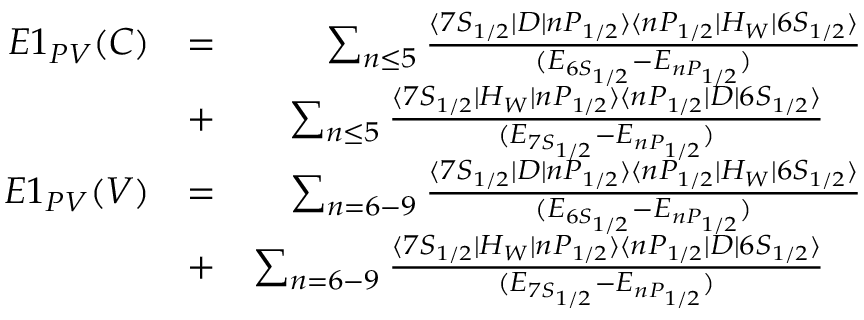
\begin{array} { r l r } { E 1 _ { P V } ( C ) } & { = } & { \sum _ { n \le 5 } \frac { \langle 7 S _ { 1 / 2 } | D | n P _ { 1 / 2 } \rangle \langle n P _ { 1 / 2 } | H _ { W } | 6 S _ { 1 / 2 } \rangle } { ( E _ { 6 S _ { 1 / 2 } } - E _ { n P _ { 1 / 2 } } ) } } \\ & { + } & { \sum _ { n \le 5 } \frac { \langle 7 S _ { 1 / 2 } | H _ { W } | n P _ { 1 / 2 } \rangle \langle n P _ { 1 / 2 } | D | 6 S _ { 1 / 2 } \rangle } { ( E _ { 7 S _ { 1 / 2 } } - E _ { n P _ { 1 / 2 } } ) } \ \ \ } \\ { E 1 _ { P V } ( V ) } & { = } & { \sum _ { n = 6 - 9 } \frac { \langle 7 S _ { 1 / 2 } | D | n P _ { 1 / 2 } \rangle \langle n P _ { 1 / 2 } | H _ { W } | 6 S _ { 1 / 2 } \rangle } { ( E _ { 6 S _ { 1 / 2 } } - E _ { n P _ { 1 / 2 } } ) } } \\ & { + } & { \sum _ { n = 6 - 9 } \frac { \langle 7 S _ { 1 / 2 } | H _ { W } | n P _ { 1 / 2 } \rangle \langle n P _ { 1 / 2 } | D | 6 S _ { 1 / 2 } \rangle } { ( E _ { 7 S _ { 1 / 2 } } - E _ { n P _ { 1 / 2 } } ) } \ \ \ } \end{array}